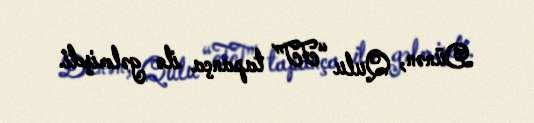
Dünən, Qulu “TT” tapança ilə gəlmişdi.